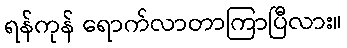
ရန်ကုန် ရောက်လာတာကြာပြီလား။